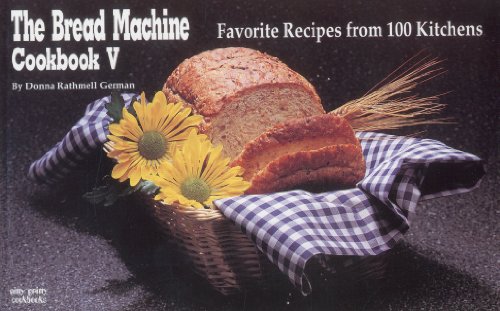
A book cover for The Bread Machine Cookbook V: Favorite Recipes from 100 Kitchens (Nitty Gritty Cookbooks) (No. 5); Donna Rathmell German; Cookbooks, Food & Wine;